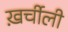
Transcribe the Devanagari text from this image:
ख़र्चीली